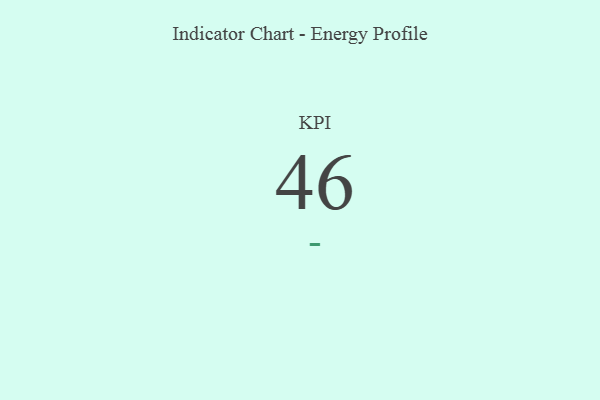
{"axis": {"x": "KPI", "y": "Value"}, "legend": [""], "data": [{"x": "KPI", "y": 46, "type": ""}]}